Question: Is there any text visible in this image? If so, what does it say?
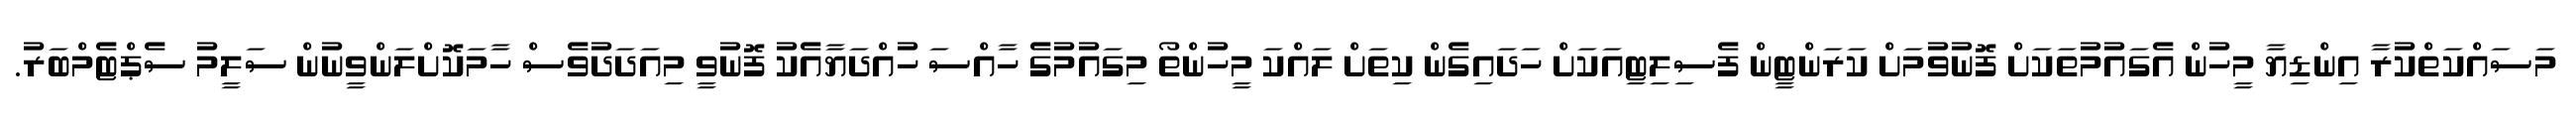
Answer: މަސައްކަތްކުރާ އިންޑިޔާ މީހުން އެގައުމުތަކަށް ފޮނުވުމަށް ކަރަންޓީން ފެސިލިޓިއަކަށް ހަދައިގެން ކިތަށް ލައްކަ މީހުންތޯ މިގައުމުގެ ހާއްސަ ހުއްދަޔާއެކު ފޮނުވީ މިއަދަދުވެސް ހާމަކޮށްލަންވީނުން ސަލީމު ސެޕްޓެމްބަރު.